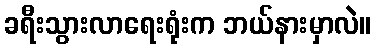
ခရီးသွားလာရေးရုံးက ဘယ်နားမှာလဲ။